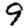
Digit: 9